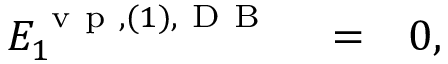
\begin{array} { r l r } { { \cal E } _ { 1 } ^ { \ensuremath { \mathrm { ~ v ~ p ~ } } , ( 1 ) , \mathrm { ~ D ~ B ~ } } } & { { } = } & { 0 , } \end{array}